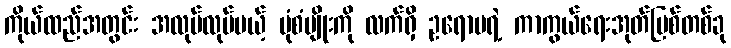
ကိုယ်ထည်အတွင်း အလုပ်လုပ်မယ့် ပုံစံမျိုးကို လက်ရှိ ဥရောပရဲ့ ကာကွယ်ရေးအုတ်မြစ်တစ်ခု